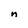
Character: n